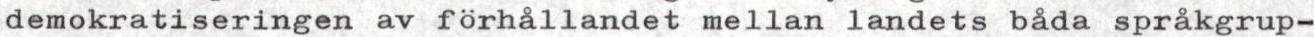
demokratiseringen av förhållandet mellan landets båda språkgrup-